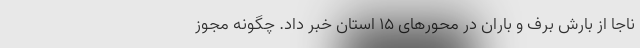
ناجا از بارش برف و باران در محورهای ١۵ استان خبر داد. چگونه مجوز